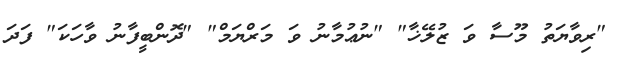
"ރިވާޔަތު މޫސާ ވަ ޒުލޭޚާ" "ނުޢުމާނު ވަ މަރްޔަމް" "ދޮންބީފާނު ވާހަކަ" ފަދަ